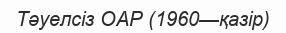
Тәуелсіз ОАР (1960—қазір)